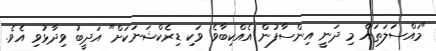
"މައްސަލަތައް މި ދަނީ އިންސާފުން އެއްކިބާވެ ވަކި ޑިރެކްޝަނަކަށް" އަދީބު ވިދާޅުވި އެވެ.